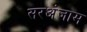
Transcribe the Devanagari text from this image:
सरअंजाम